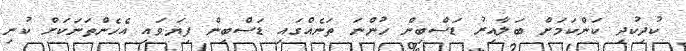
ކުދިކުދި ކަންކަމަށް ބަލާއިރު ޑަސްބިން ހުންނަ ތަނެއްގައި ޑަސްބިން ފިޔަވައި އެހެންތަނަކަށް ކުނި